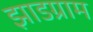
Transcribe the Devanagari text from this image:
झाडग्राम